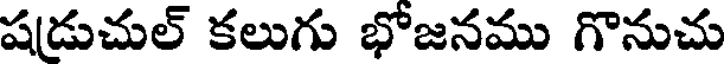
షడుచుల్ కలుగు భోజనము గొనుచు